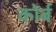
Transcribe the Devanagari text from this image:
कोर्ब